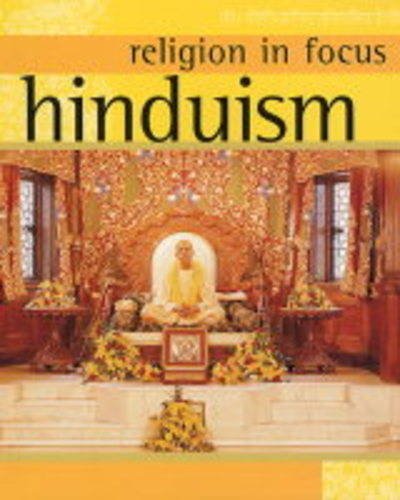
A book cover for Hinduism (Religion in Focus); Geoff Teece; Children's Books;